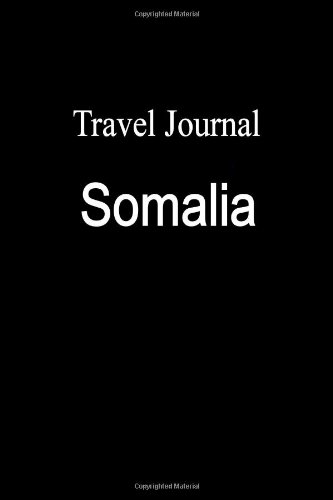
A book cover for Travel Journal Somalia; E Locken; Travel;